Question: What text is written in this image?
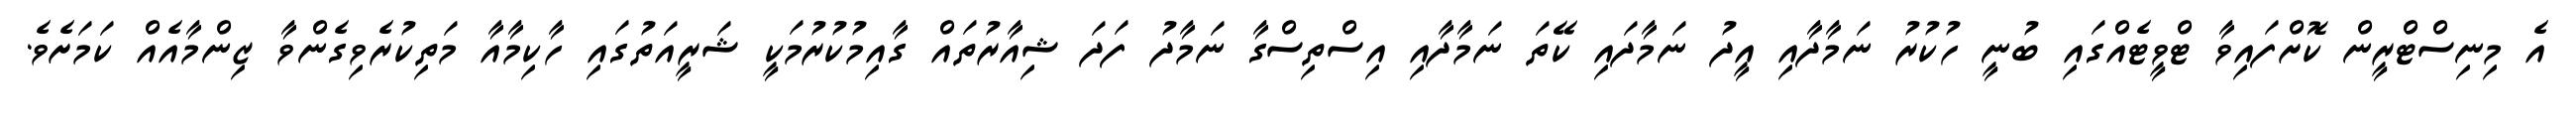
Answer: އެ މިނިސްޓްރީން ކޮށްފައިވާ ޓްވީޓެއްގައި ބުނީ ހުކުރު ނަމާދާއި އީދު ނަމާދައި ކޭތަ ނަމާދާއި އިސްތިސްގާ ނަމާދު ފަދަ ޝިއާރުތައް ގާއިމުކުރުމަކީ ޝަރީއަތުގައި ހާކިމާއާ މަތިކުރެވިގެންވާ ޒިންމާއެއް ކަމަށެވެ.